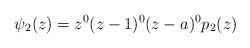
LaTeX: \begin{align*}\psi_{2}(z)=z^{0}(z-1)^{0}(z-a)^{0}p_{2}(z)\end{align*}